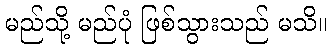
မည်သို့ မည်ပုံ ဖြစ်သွားသည် မသိ။